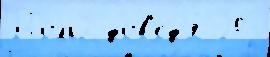
Поль2 дов'ед'я́ 20